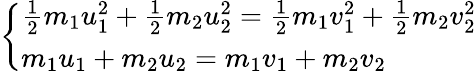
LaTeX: \left\{ \begin{array}{ll}{{\frac{1}{2}}m_{1}u_{1}^{2}+{\frac{1}{2}}m_{2}u_{2}^{2}={\frac{1}{2}}m_{1}v_{1}^{2}+{\frac{1}{2}}m_{2}v_{2}^{2}}\\ {m_{1}u_{1}+m_{2}u_{2}=m_{1}v_{1}+m_{2}v_{2}}\end{array}\right.